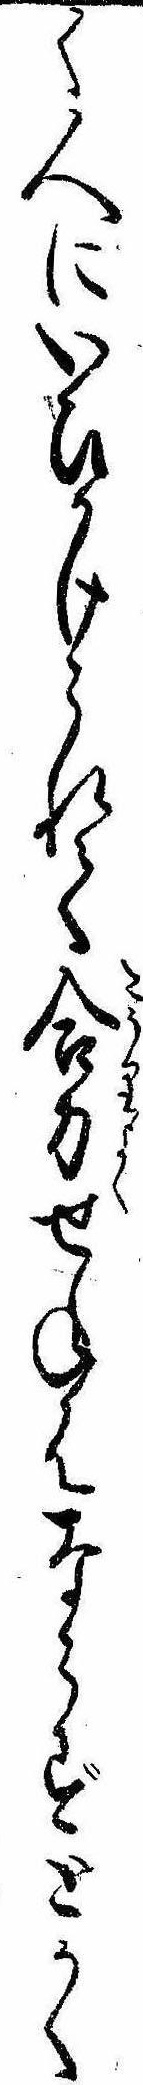
く人にいひかけられて合力せねはならずとかく